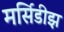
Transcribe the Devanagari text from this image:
मर्सिडीझ